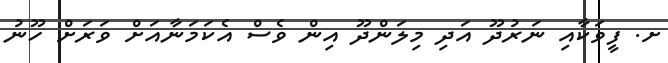
ށ. ފީވަކާއި ނަރުދޫ އަދި މިލަންދޫ އިން ވެސް އެކަމަނާއަށް ވަރަށް ހޫނު